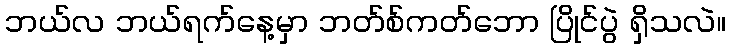
ဘယ်လ ဘယ်ရက်နေ့မှာ ဘတ်စ်ကတ်ဘော ပြိုင်ပွဲ ရှိသလဲ။